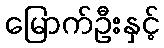
မြောက်ဦးနှင့်